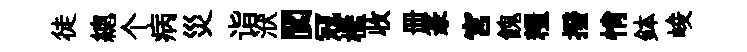
徒總个病災诣洑閬冦檻收册篆宮餽糧撥悄鉢峻